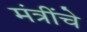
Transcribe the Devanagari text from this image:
मंत्रींचे